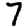
Digit: 7